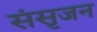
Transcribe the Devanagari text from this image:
संसृजन